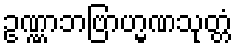
ဥဏ္ဏာဘဗြာဟ္မဏသုတ္တံ